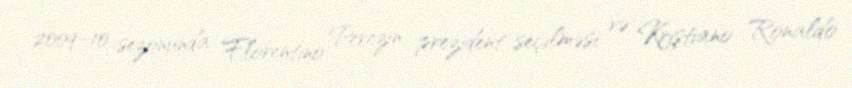
2009–10 sezonunda Florentino Perezin prezident seçilməsi və Kriştiano Ronaldo